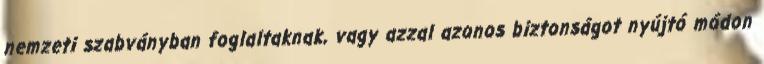
nemzeti szabványban foglaltaknak, vagy azzal azonos biztonságot nyújtó módon